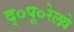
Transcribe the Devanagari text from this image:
द्०पू०रेलवे